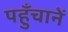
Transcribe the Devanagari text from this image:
पहुँचानें